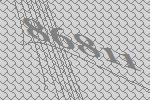
86811